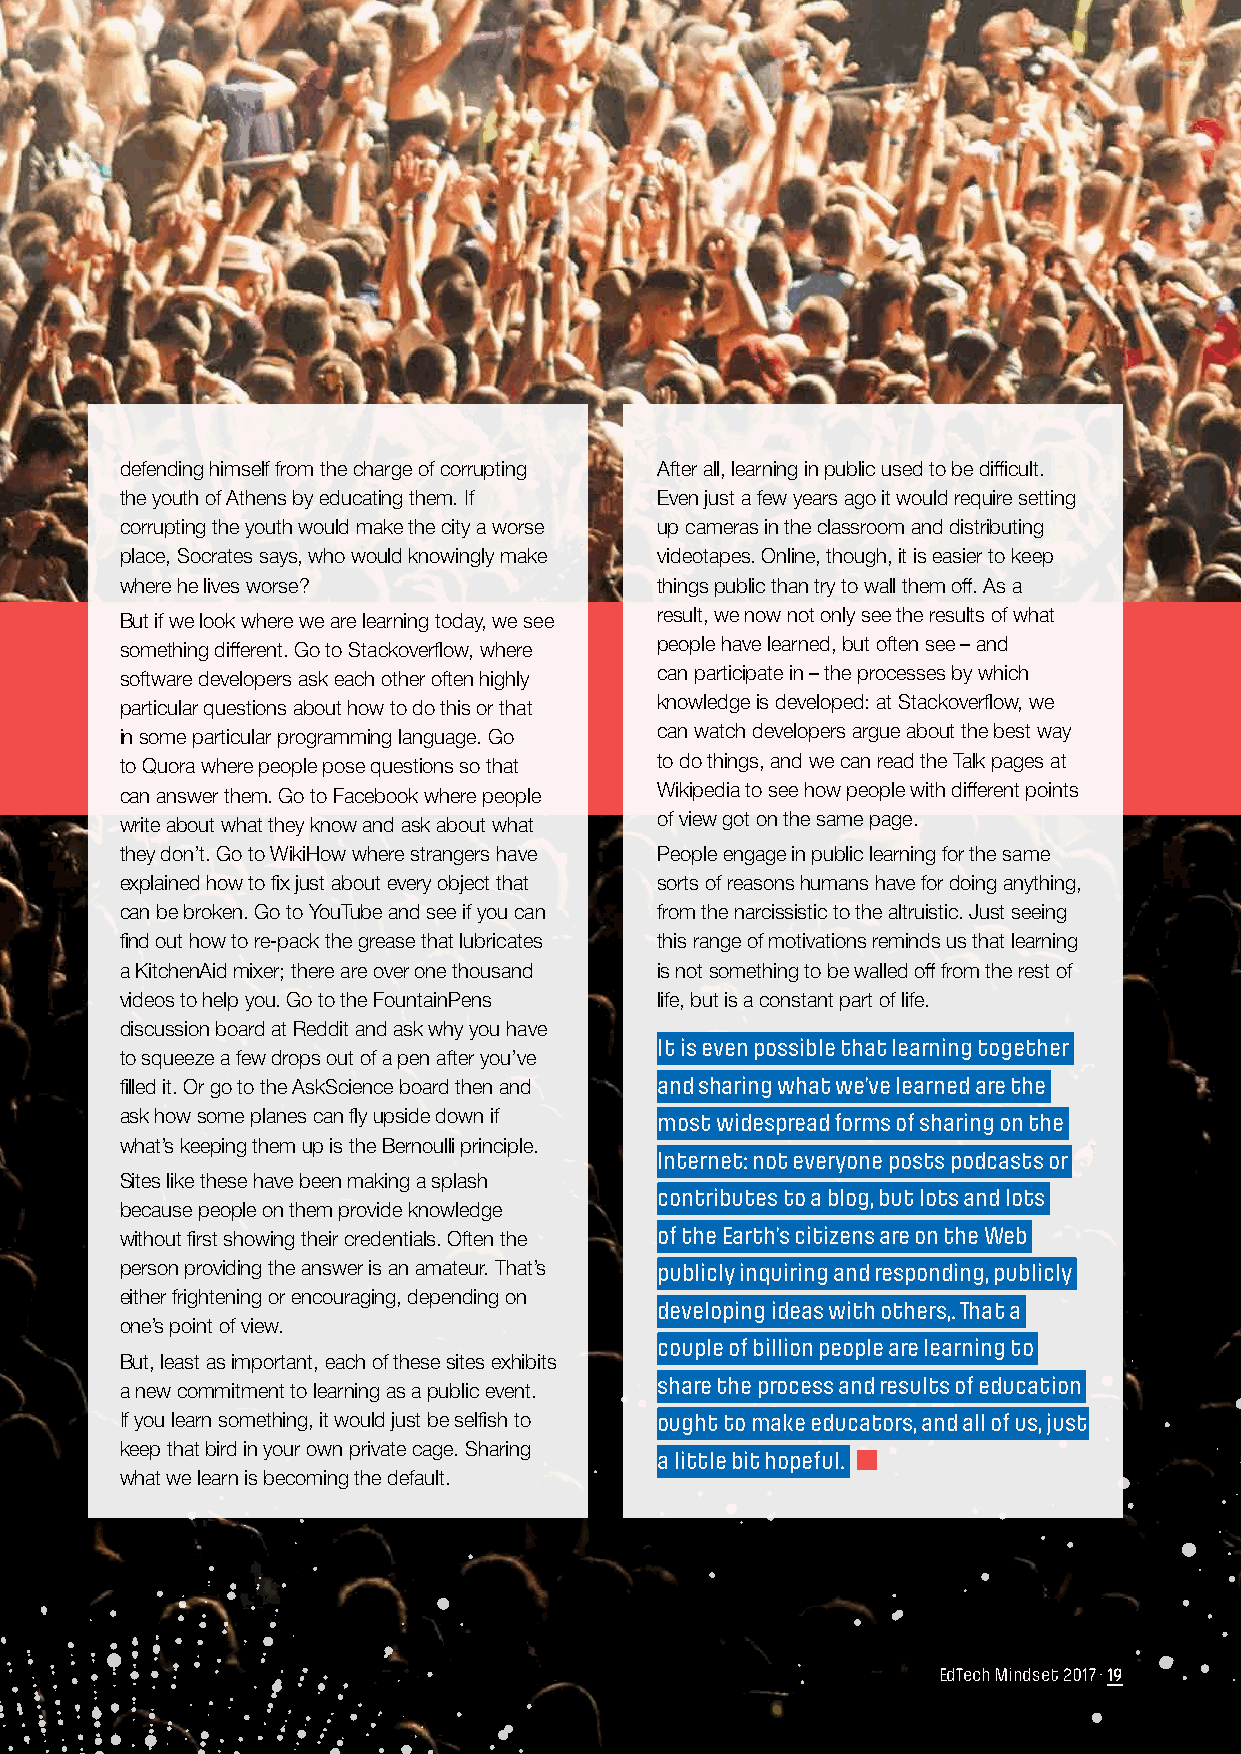
defending himself from the charge of corrupting After all, learning in public used to be difficult.
 the youth of Athens by educating them. If Even just a few years ago it would require setting
 corrupting the youth would make the city a worse up cameras in the classroom and distributing
 place, Socrates says, who would knowingly make videotapes. Online, though, it is easier to keep
 where he lives worse?              things public than try to wall them off. As a
 But if we look where we are learning today, we see result, we now not only see the results of what
 something different. Go to Stackoverflow, where people have learned, but often see – and
 software developers ask each other often highly can participate in – the processes by which
 particular questioP ns about how to do this or that knowledge is developed: at Stackoverflow, we
 in some particular programming language. Go can watch developers argue about the best way
 to Quora where people pose questions so that to do things, and we can read the Talk pages at
 can answer them. Go to Facebook where people Wikipedia to see how people with different points
 write about what they know and ask about what of view got on the same page.
 they don’t. Go to WikiHow where strangers have People engage in public learning for the same
 explained how to fix just about every object that sorts of reasons humans have for doing anything,
 can be broken. Go to YouTube and see if you can from the narcissistic to the altruistic. Just seeing
 find out how to re-pack the grease that lubricates this range of motivations reminds us that learning
 a KitchenAid mixer; there are over one thousand is not something to be walled off from the rest of
 videos to help you. Go to the FountainPens life, but is a constant part of life.
 discussion board at Reddit and ask why you have
 It is even possible that learning together
 to squeeze a few drops out of a pen after you’ve
 filled it. Or go to the AskScience board then and and sharing what we’ve learned are the
 ask how some planes can fly upside down if most widespread forms of sharing on the
 what’s keeping them up is the Bernoulli principle.
 Internet: not everyone posts podcasts or
 Sites like these have been making a splash
 contributes to a blog, but lots and lots
 because people on them provide knowledge
 of the Earth’s citizens are on the Web
 without first showing their credentials. Often the
 person providing the answer is an amateur. That’s publicly inquiring and responding, publicly
 either frightening or encouraging, depending on
 developing ideas with others,. That a
 one’s point of view.
 couple of billion people are learning to
 But, least as important, each of these sites exhibits
 share the process and results of education
 a new commitment to learning as a public event.
 If you learn something, it would just be selfish to ought to make educators, and all of us, just
 keep that bird in your own private cage. Sharing
 a little bit hopeful.
 what we learn is becoming the default.
 EdTech Mindset 2017 · 19